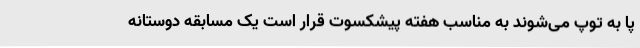
پا به توپ می‌شوند به مناسب هفته پیشکسوت قرار است یک مسابقه دوستانه